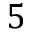
5